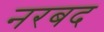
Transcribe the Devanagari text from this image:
नरबद